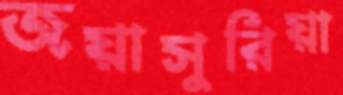
জয়াসুরিয়া